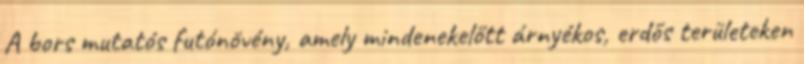
A bors mutatós futónövény, amely mindenekelőtt árnyékos, erdős területeken